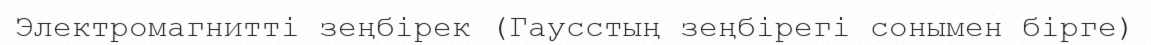
Электромагниттi зеңбiрек (Гаусстың зеңбiрегi сонымен бiрге)